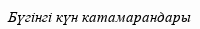
Бүгінгі күн катамарандары